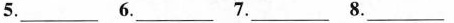
5.___ 6.___ 7.___ 8.___